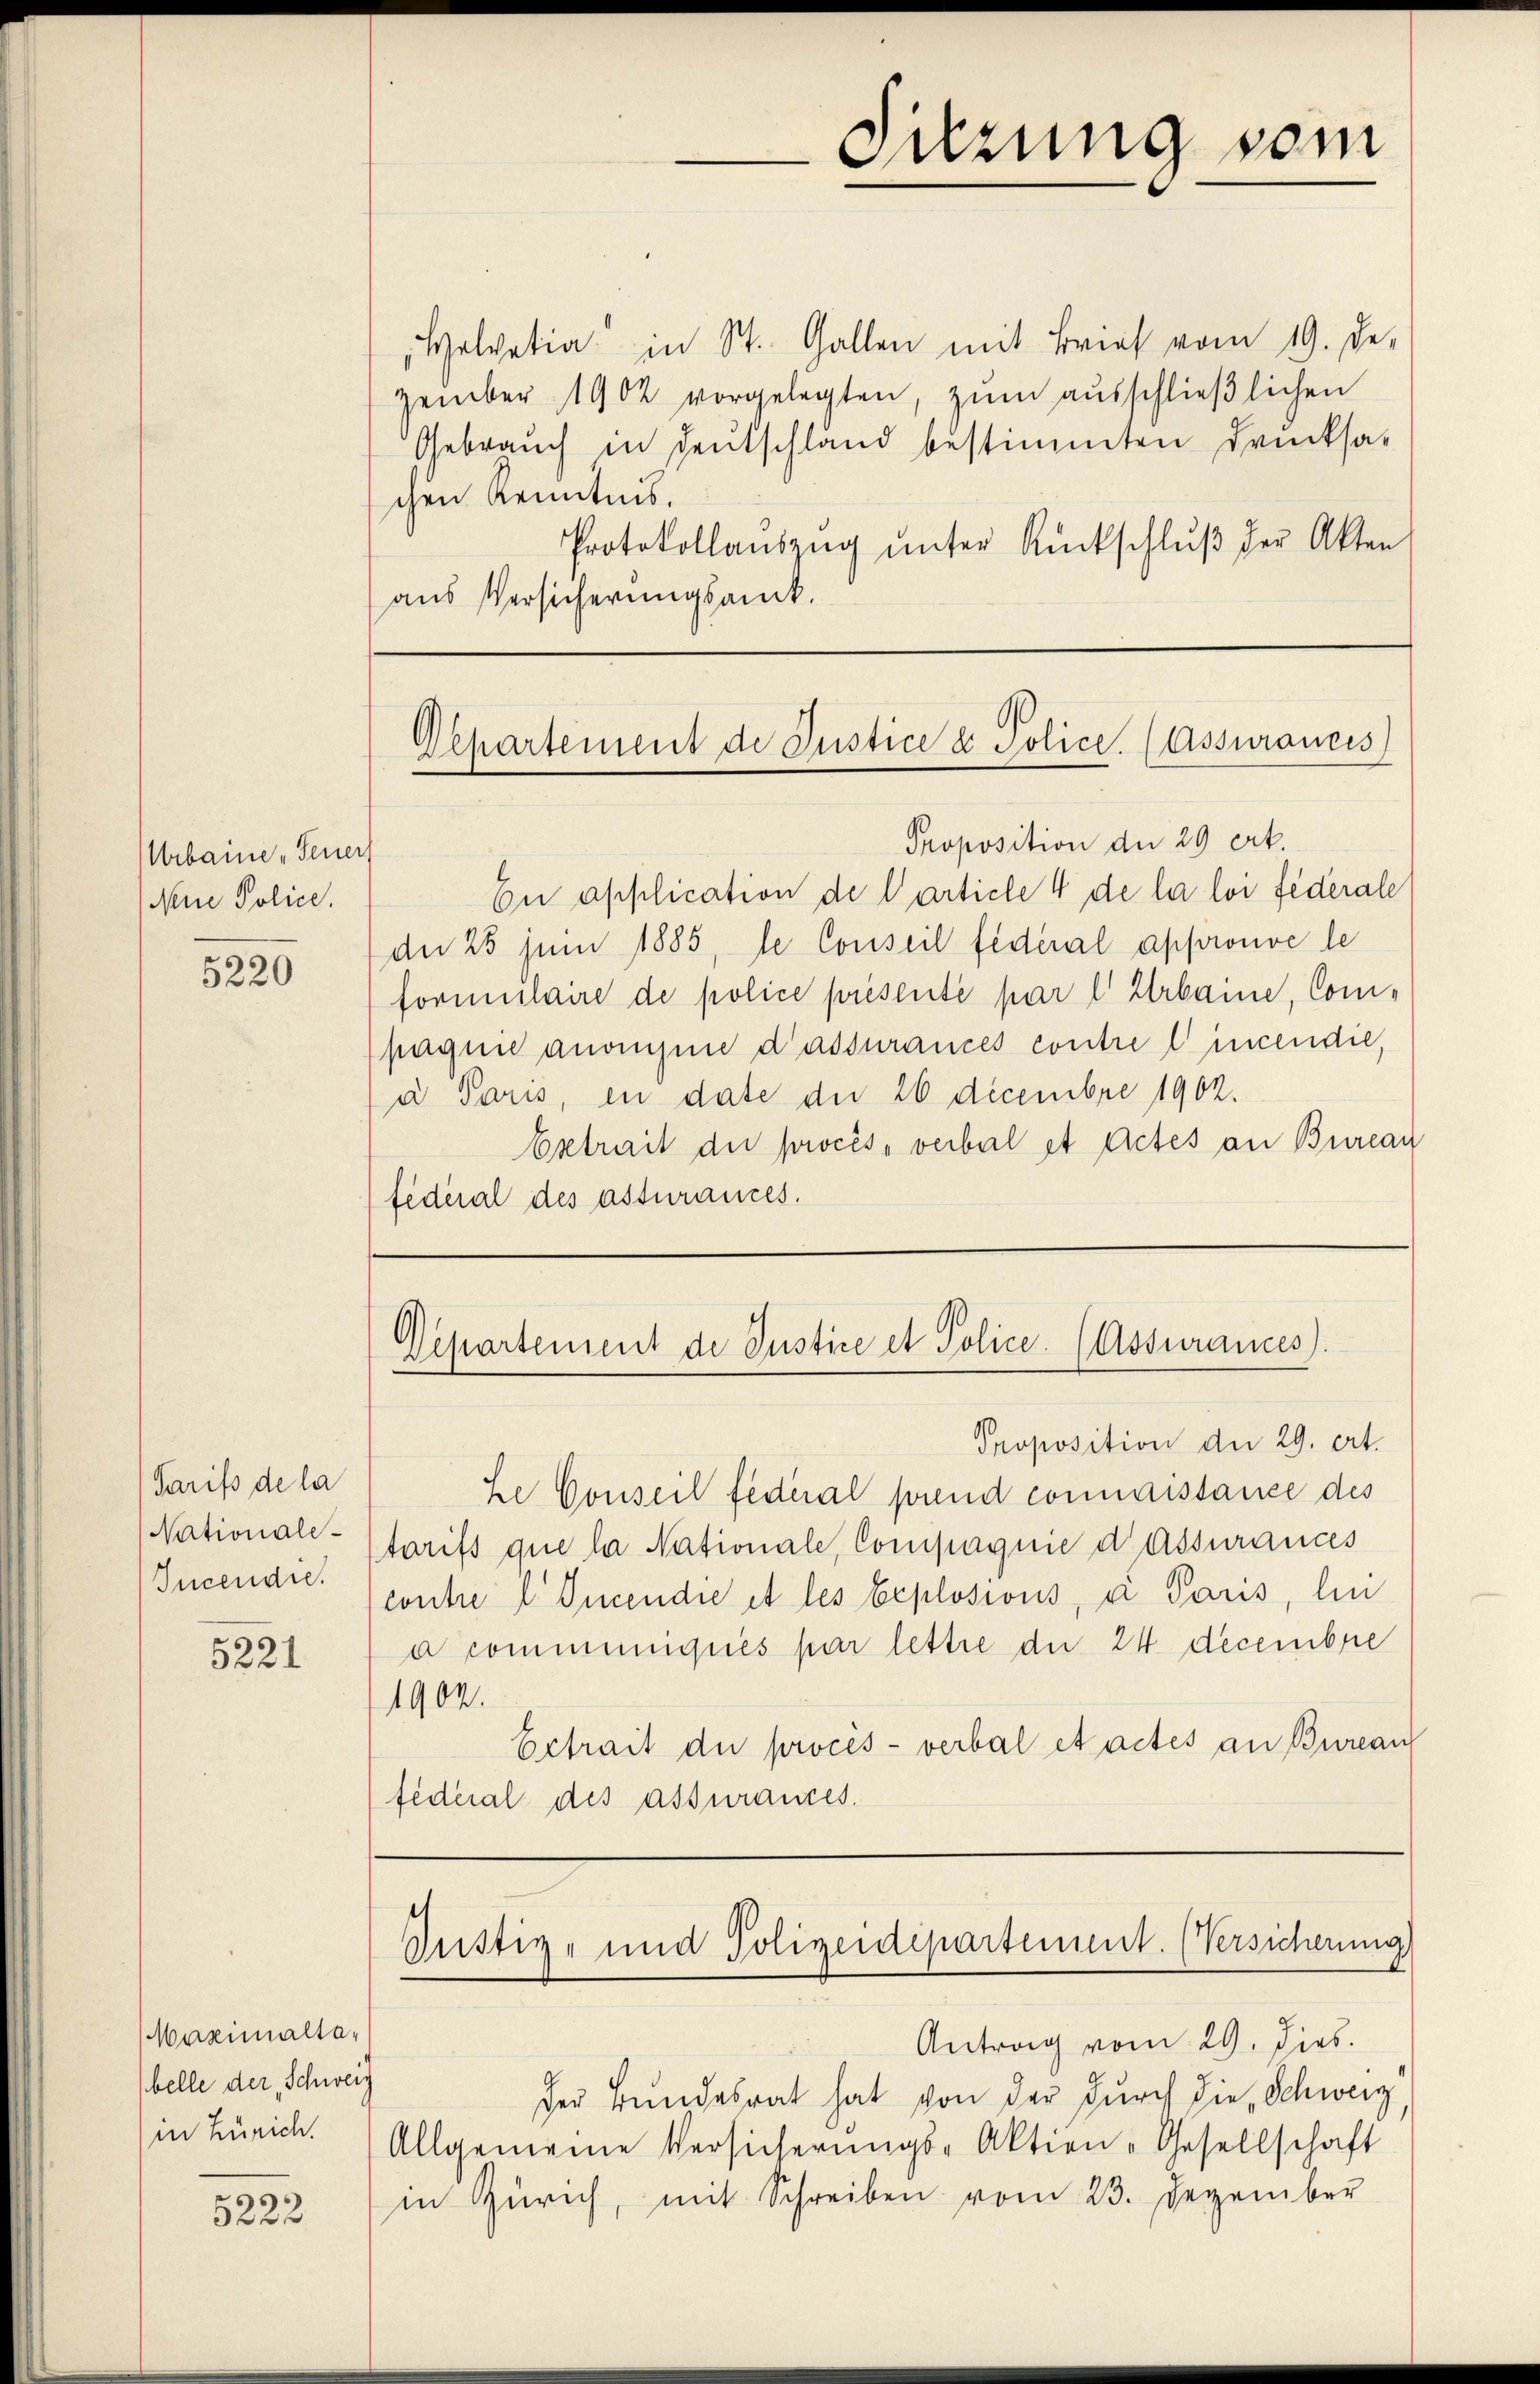
Urbaine, Feuer,
Neue Police.

5220

Tarifs de la
Nationale¬
Incendie.

5221

Maximaltabelle der Schweiz
in Zürich.

5222

Helvetia in St. Gallen mit Brief vom 19. Der
zember 1902 vorgelegten, zŭm aŭsschlieβlichen
Gebrauch in Deutschland bestimmten Drucksa-
chen Kenntnis.
Protokollaŭszŭg ŭnter Rückschlŭβ der Akten
aus Versicherungsant.

Sitzung sein

Departement de Justice u. Police. (Assurances

Departement de Justice et Police. (Assurances).

Proposition der 29 ert
En application de Carticle 4 de la loi fédérale
de 25 Juni 1885, le Conseil fédéral approuve le
formulaire de police présenté par l Urbame, Compagnie anangene d’assurances contre lincendie,
a Paris, in date die 26 Decembre 1902.
betrait der procès-verbal et actes an Bureau
federal des assurances.

Proposition der 29. ert.
he Conseil federal prend connaissance des
tarifs que la Nationale, Compagnie d Assurances
contre l Incendie et les Explosions, a Paris, lie
a communiqués par lettre die 24 decembre
1902.
Ertrait der procès-verbal et actes an Bureau
fideial des assurances.

Justiz- und Polizeidepartement. (Versicherung

Antrag vom 29. Dies
der Bundesrat hat von der durch die Schweiz,
Allgemeine Versicherŭngs-Aktien-Gesellschaft
in Zürich, mit Schreiben vom 23. Dezember